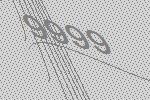
9999